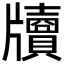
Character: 𤘄